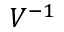
V ^ { - 1 }